Lunatic asylums Burma 1907-21 - 1907-1921
Year: 1907
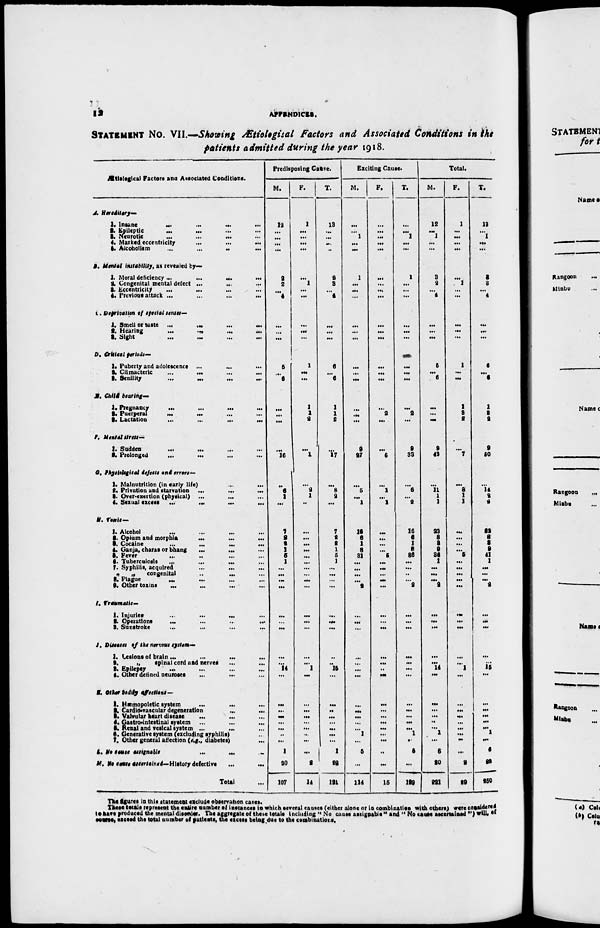
12
APPENDICES.
STATEMENT No. VII.—Showing Ætiologcal Factors and Associated Conditions in the
patients admitted during the year 1918.
Ætiological Factors and Associated Conditions.
A. Hereditary—
1. Insane
...
...
... ...
2. Epileptic
...
...
... ...
3. Neurotic
...
...
...
...
4. Marked eccentricity ... ... ...
5. Alcoholism
...
... ... ...
B. Menial instability, at revealed by—
1. Moral deficiency ... ... ... ...
2. Congenital mental defect ... ... ...
3. Eccentricity
...
... ... ...
4. Previous attack ... ... ... ...
C. Deprivation of special senses—
1. Smell or taste ... ... ... ...
2. Hearing
...
...
...
...
3. Sight ... ... ... ...
D. Critical periods—
1. Puberty and adolescence ...
...
...
2. Climacteric
...
... ... ...
3. Senility
... ... ... ...
E. Child bearing—
1. Pregnancy
...
...
... ...
2. Puerperal ... ... ... ...
3. Lactation ... ... ... ...
F. Mental stress—
1. Sudden
...
...
...
...
2. Prolonged
...
...
...
...
G. Physiological defects and errors—
1. Malnutrition (in early life) ... ...
2. Privation and starvation ... ... ...
3. Over-exertion (physical) ... ... ...
4. Sexual excess
...
...
...
...
H. Toxic—
1. Alcohol ... ... ... ...
2. Opium and morphia
...
...
...
3. Cocaine ... ... ... ...
4. Ganja, charas or bhang
...
...
...
5. Fever
... ... ... ...
6. Tuberculosis
...
...
... ...
7. Syphilis, acquired
...
... ...
„
„
congenital
...
...
...
8. Plague ... ... ... ...
9. Other toxins
...
...
...
...
I. Traumatic—
1. Injuries
...
...
...
...
2. Operations
...
...
...
...
3. Sunstroke ... ... ... ...
J. Diseases of the nervous system—
1. Tesions of brain ...
...
...
...
2.
„
spinal cord and nerves ... ...
3. Epilepsy
... ... ... ...
4. Other defined neuroses ... ... ...
K. Other bodily affections—
1. Hæmopoletic system
...
...
...
2. Cardio-vascular degeneration
...
...
...
3. Valvular heart disease ... ... ...
4. Gastro-intestinal system
... ... ...
5. Renal and vesical system ... ... ...
6. Generative system (excluding syphilis) ...
7. Other general affection (e.g., diabetes) ...
L.
No
cause
assignable
... ... ...
M. No cause ascertained — History defective
...
...
Total ...
Predisposing Cause.
M.
12
...
...
...
...
2
2
...
4
...
...
...
5
...
6
...
...
...
...
16
...
6
1
...
7
9
2
1
5
1
...
...
...
...
...
... ...
...
...
14
...
...
...
...
...
... ...
...
1
20
107
F.
1
...
...
...
...
...
1
...
...
...
...
...
1
...
...
1
1
2
...
1
...
2
1
...
...
...
...
...
...
...
...
...
...
...
...
...
...
...
...
1
...
...
...
...
...
... ...
...
...
2
14
T.
13
...
...
...
...
2
3
...
4
...
...
...
6
...
6
1
1
2
...
17
...
8
2
...
7
9
2
1
5
1
...
...
...
...
...
...
...
...
...
15
...
...
...
...
...
...
...
...
1
22
121
Exciting Cause.
M.
...
...
1
...
...
1
...
...
...
...
...
...
...
...
...
...
...
...
9
27
...
5
...
1
16
6
1
8
31
...
...
...
...
2
...
...
...
...
...
...
...
...
...
...
...
...
...
...
5
...
114
F.
...
...
...
...
...
...
...
...
...
...
...
...
...
...
...
...
2
...
...
6
...
1
...
1
...
...
...
...
5
...
...
...
...
...
...
...
...
...
...
...
...
...
...
...
...
... ...
...
..
...
15
T.
...
...
1
...
...
1
...
...
...
...
...
...
...
...
...
...
2
...
9
33
...
6
...
2
16
6
1
8
36
...
...
...
... 2
...
...
...
...
...
...
...
...
...
...
...
...
1
...
5
...
129
Total.
M.
12
...
1
...
...
3
2
...
4
...
...
...
5
...
6
...
...
...
9
43
...
11
1
1
23
8
3
9
36
1
...
...
... 2
...
...
...
...
...
14
...
...
...
...
...
...
1
...
6
20
221
F.
1
...
...
...
...
...
1
...
...
...
...
...
1
...
...
1
2
2
...
7
...
3
1
1
...
...
...
...
5
...
...
...
...
...
...
...
...
...
...
1
...
...
...
...
...
... ...
...
...
2
29
T.
13
...
1
...
...
3
3
...
4
...
...
...
6
...
6
1
2
2
9
50
...
14
2
2
23
8
3
9
41
1
...
...
... 2
...
...
...
...
...
15
...
...
...
...
...
... 1
...
6
22
950
The figures in this statement exclude observation cases.
These totals represent the entire number of instances in which several causes (either alone or in combination with others) were considered
to have produced the mental disorder. The aggregate of these totals including "No cause assignable" and "No cause ascertained") will, of
course, exceed the total number of patients, the excess being due to the combinations.